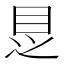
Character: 𱲩